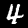
Label: 4